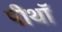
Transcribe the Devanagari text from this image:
पीथॉ